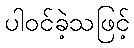
ပါဝင်ခဲ့သဖြင့်